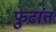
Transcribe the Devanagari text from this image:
फुटांत